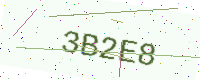
Text: 3B2E8